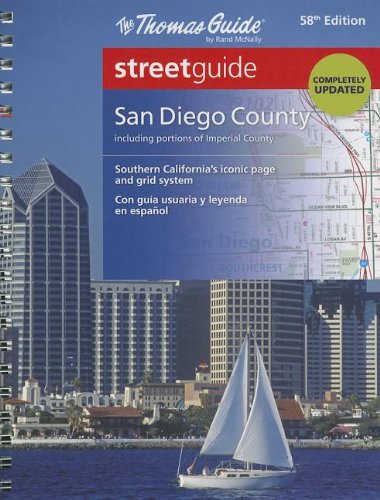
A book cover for The Thomas Guide San Diego County Streetguide (Thomas Guide San Diego County, Ca Street Guide); Thomas Guide; Reference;